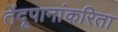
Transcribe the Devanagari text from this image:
तेंदूपानांकरिता